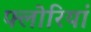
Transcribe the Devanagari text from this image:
फ्लोरियां